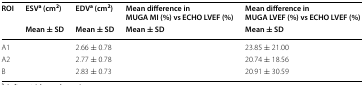
<table><thead><tr><td rowspan="2"><b>ROI</b></td><td><b>ESV<sup>a</sup> (cm<sup>2</sup>)</b></td><td><b>EDV<sup>a</sup> (cm<sup>2</sup>)</b></td><td><b>Mean difference in MUGA MI (%) vs ECHO LVEF (%)</b></td><td><b>Mean difference in MUGA LVEF (%) vs ECHO LVEF (%)</b></td></tr><tr><td><b>Mean ± SD</b></td><td><b>Mean ± SD</b></td><td><b>Mean ± SD</b></td><td><b>Mean ± SD</b></td></tr></thead><tbody><tr><td>A1</td><td>[EMPTY_CELL]</td><td>2.66 ± 0.78</td><td>[EMPTY_CELL]</td><td>23.85 ± 21.00</td></tr><tr><td>A2</td><td>[EMPTY_CELL]</td><td>2.77 ± 0.78</td><td>[EMPTY_CELL]</td><td>20.74 ± 18.56</td></tr><tr><td>B</td><td>[EMPTY_CELL]</td><td>2.83 ± 0.73</td><td>[EMPTY_CELL]</td><td>20.91 ± 30.59</td></tr></tbody></table>